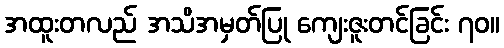
အထူးတလည် အသိအမှတ်ပြု ကျေးဇူးတင်ခြင်း ၇၀။